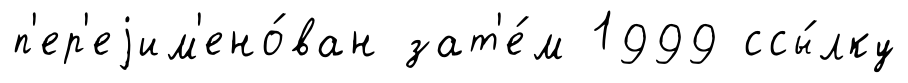
п'ер'еjим'ено́ван зат'е́м 1999 ссы́лку